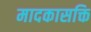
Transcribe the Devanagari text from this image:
मादकासक्ति